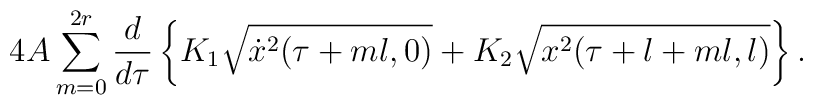
4A \sum_{m=0}^{2r}\frac{d}{d \tau}\left\{K_1 \sqrt{\dot x^2(\tau+ml,0)}+K_2 \sqrt{x^2(\tau+l+ml,l)}\right\}.